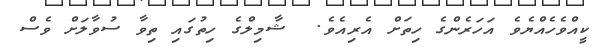
ކީއްވެހެއްޔެވެ އަހަރެންގެ ހިތަށް އެރިއެވެ.  ޝާމިލްގެ ހިތުގައި ތިވާ ސުވާލަށް ވެސް